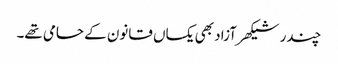
چندر شیکھر آزاد بھی یکساں قانون کے حامی تھے۔